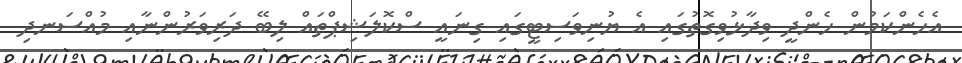
އެހެންކަމުން ހެންދީ ވިދާޅުވިގޮތުގައި އެ ޔުނިވަސިޓީގައި ގިނައީ ސްކޮލަޝިޕްތައް ލިބޭ ދަރިވަރުންނާއި މުއްސަނދި